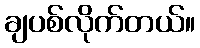
ချပစ်လိုက်တယ်။